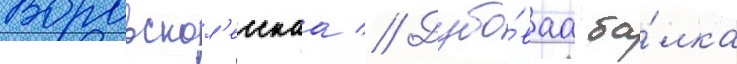
Воровскол'есскаа // Дубо́ваа ба́лка